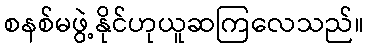
စနစ်မဖွဲ့နိုင်ဟုယူဆကြလေသည်။